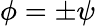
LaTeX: \phi=\pm\psi